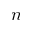
n